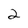
Character: 2